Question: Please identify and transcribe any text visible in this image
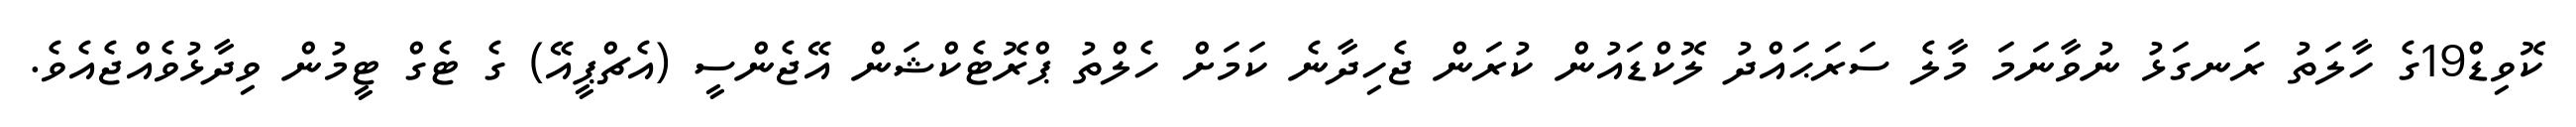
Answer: ކޮވިޑް19ގެ ހާލަތު ރަނގަޅު ނުވާނަމަ މާލެ ސަރަޙައްދު ލޮކްޑައުން ކުރަން ޖެހިދާނެ ކަމަށް ހެލްތު ޕްރޮޓެކްޝަން އޭޖެންސީ (އެޗްޕީއޭ) ގެ ޓެގް ޓީމުން ވިދާޅުވެއްޖެއެވެ.